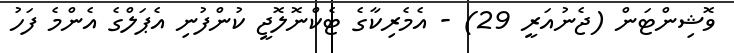
ވޮޝިންޓަން (ޖެނުއަރީ 29) - އެމެރިކާގެ ޓެކްނޮލޮޖީ ކުންފުނި އެޕަލްގެ އެންމެ ފަހު